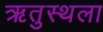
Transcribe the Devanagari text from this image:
ऋतुस्थला